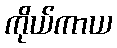
ကိုယ်ကာယ